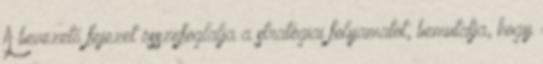
A bevezető fejezet összefoglalja a stratégiai folyamatot, bemutatja, hogy